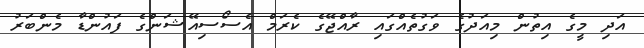
އަދި މީގެ އިތުން މިއަދުގެ ވަގުތެއްގައި ރާއްޖޭގެ ކެރަމް އެސޯސިއޭޝަންގެ ފައުންޑާ މެންބަރު